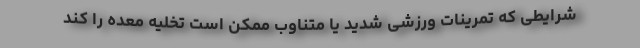
شرایطی که تمرینات ورزشی شدید یا متناوب ممکن است تخلیه معده را کند